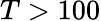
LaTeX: T>100